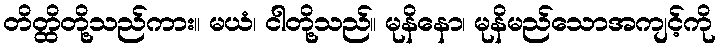
တိတ္ထိတို့သည်ကား။ မယံ၊ ငါတို့သည်။ မုနိနော၊ မုနိမည်သောအကျင့်ကို